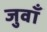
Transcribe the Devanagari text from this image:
जुवाँ